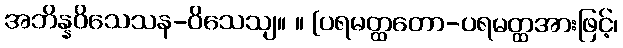
အဘိန္နဝိသေသန-ဝိသေသျ။ ။ [ပရမတ္ထတော-ပရမတ္ထအားဖြင့်၊